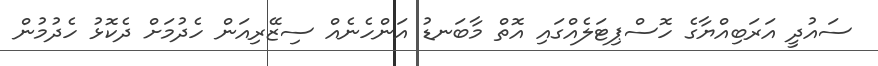
ސައުދީ އަރަބިއްޔާގެ ހޮސްޕިޓަލެއްގައި އޮތް މާބަނޑު އަންހެނެއް ސިޒޭރިއަން ހެދުމަށް ދެކޮޅު ހެދުމުން